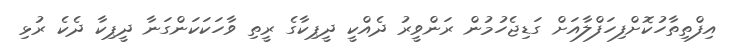
އިފްތިތާހުކޮށްފިހަފްލާއަށް ގަޑިޖެހުމުން ރަންވީރު ދެއްކީ ދީޕިކާގެ ރީތި ވާހަކަކަންގަނާ ދީޕިކާ ދެކެ ރުޅި